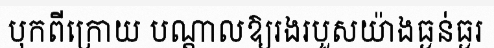
បុកពីក្រោយ បណ្តាលឱ្យរងរបួសយ៉ាងធ្ងន់ធ្ងរ